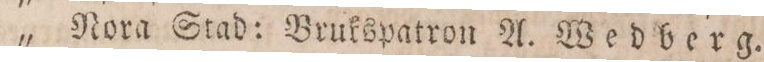
„ Nora Stad: Brukspatron A. Wedberg.